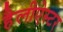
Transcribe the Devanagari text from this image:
हैलीऐस्टर